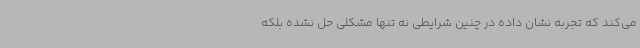
می‌کند که تجربه نشان داده در چنین شرایطی نه تنها مشکلی حل نشده بلکه